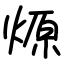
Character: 㷧